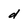
Character: d